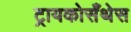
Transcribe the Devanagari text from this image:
ट्रायकोसँथेस